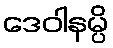
ဒေဝါနမ္ပိ